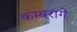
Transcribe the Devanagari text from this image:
कम्बरागे